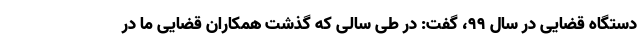
دستگاه قضایی در سال ۹۹، گفت: در طی سالی که گذشت همکاران قضایی ما در